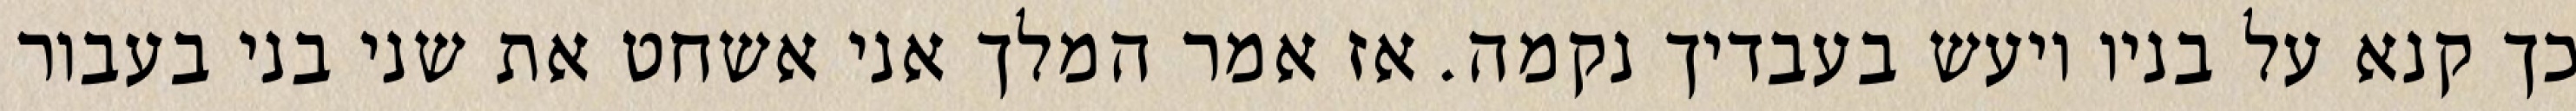
כך קנא על בניו ויעש בעבדיך נקמה. אז אמר המלך אני אשחט את שני בני בעבור